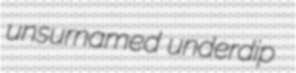
unsurnamed underdip